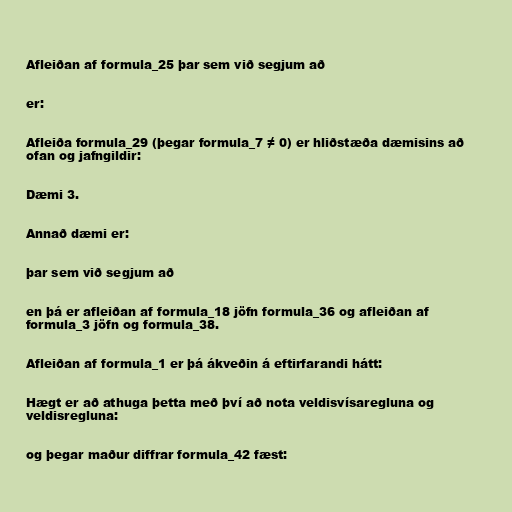
Afleiðan af formula_25 þar sem við segjum að

er:

Afleiða formula_29 (þegar formula_7 ≠ 0) er hliðstæða dæmisins að
ofan og jafngildir:

Dæmi 3.

Annað dæmi er:

þar sem við segjum að

en þá er afleiðan af formula_18 jöfn formula_36 og afleiðan af
formula_3 jöfn og formula_38.

Afleiðan af formula_1 er þá ákveðin á eftirfarandi hátt:

Hægt er að athuga þetta með því að nota veldisvísaregluna og
veldisregluna:

og þegar maður diffrar formula_42 fæst: